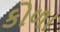
કોળા